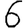
Digit: 6